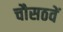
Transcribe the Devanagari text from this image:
चौसठवें